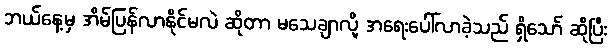
ဘယ်နေ့မှ အိမ်ပြန်လာနိုင်မလဲ ဆိုတာ မသေချာလို့ အရေးပေါ်လာခဲ့သည် ရှိသော် ဆိုပြီး